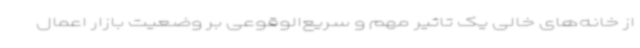
از خانه‌های خالی یک تاثیر مهم و سریع‌الوقوعی بر وضعیت بازار اعمال